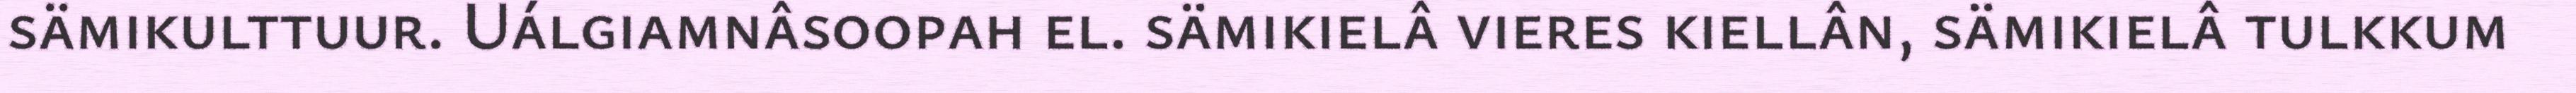
sämikulttuur. Uálgiamnâsoopah el. sämikielâ vieres kiellân, sämikielâ tulkkum